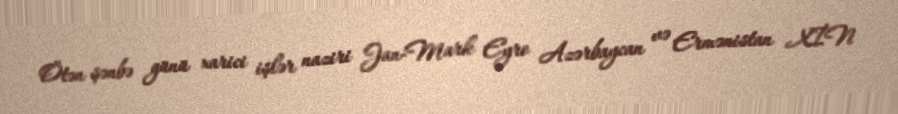
Ötən şənbə günü xarici işlər naziri Jan-Mark Eyro Azərbaycan və Ermənistan XİN